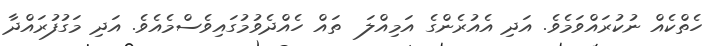
ހެތްކެއް ނުކުރައްވަމެވެ. އަދި އެއުރެންގެ އަމިއްލަ  ތައް ހެއްދެވުމުގައިވެސްމެއެވެ. އަދި މަގުފުރައްދާ